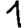
Digit: 1